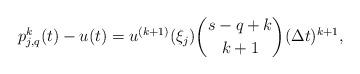
LaTeX: \begin{align*}p_{j,q}^{k}(t)-u(t)=u^{(k+1)}(\xi_{j})\binom{s-q+k}{k+1}(\Delta t)^{k+1},\end{align*}